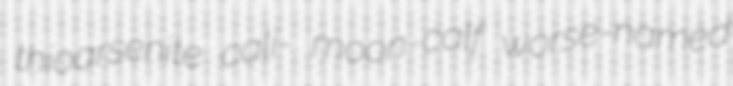
thioarsenite cali- moon-calf worse-named